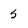
Character: 5